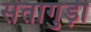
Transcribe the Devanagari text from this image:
सेंतागुड़ी